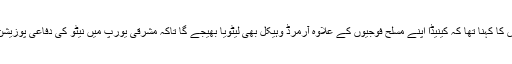
کینیڈا کے ڈیفنس چیف جنرل جوناتھن وانس کا کہنا تھا کہ کینیڈا اپنے مسلح فوجیوں کے علاوہ آرمرڈ وہیکل بھی لیٹویا بھیجے گا تاکہ مشرقی یورپ میں نیٹو کی دفاعی پوزیشن کو زیادہ سے زیادہ مضبوط کیا جاسکے۔